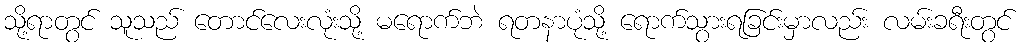
သို့ရာတွင် သူသည် တောင်လေးလုံးသို့ မရောက်ဘဲ ရတနာပုံသို့ ရောက်သွားရခြင်းမှာလည်း လမ်းခရီးတွင်